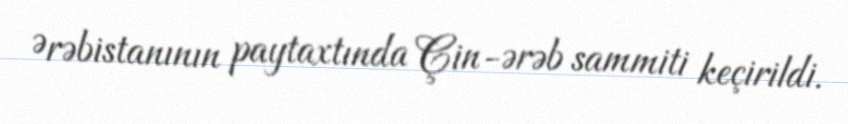
Ərəbistanının paytaxtında Çin-ərəb sammiti keçirildi.